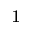
^ { 1 }